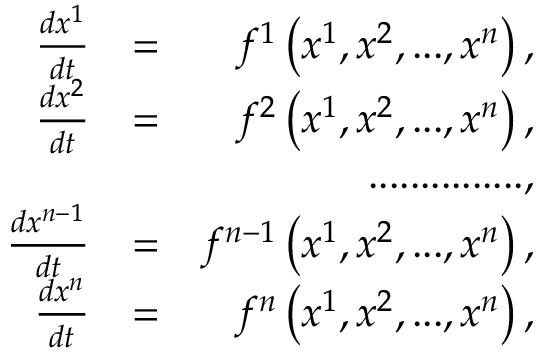
\begin{array} { r l r } { \frac { d x ^ { 1 } } { d t } } & { = } & { f ^ { 1 } \left( x ^ { 1 } , x ^ { 2 } , . . . , x ^ { n } \right) , } \\ { \frac { d x ^ { 2 } } { d t } } & { = } & { f ^ { 2 } \left( x ^ { 1 } , x ^ { 2 } , . . . , x ^ { n } \right) , } \\ & { } & { . . . . . . . . . . . . . . . , } \\ { \frac { d x ^ { n - 1 } } { d t } } & { = } & { f ^ { n - 1 } \left( x ^ { 1 } , x ^ { 2 } , . . . , x ^ { n } \right) , } \\ { \frac { d x ^ { n } } { d t } } & { = } & { f ^ { n } \left( x ^ { 1 } , x ^ { 2 } , . . . , x ^ { n } \right) , } \end{array}